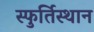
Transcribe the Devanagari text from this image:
स्फुर्तिस्थान